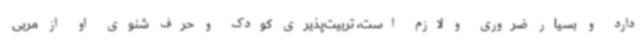
دارد و بسیار ضروری و لازم است، تربیت‌پذیری کودک و حرف شنوی او از مربی